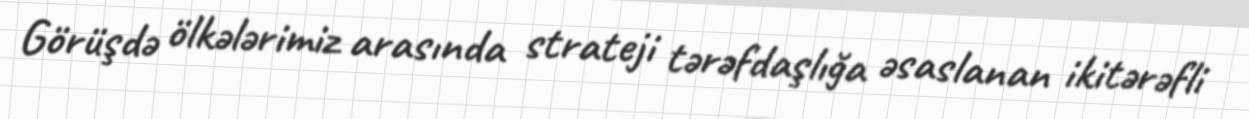
Görüşdə ölkələrimiz arasında strateji tərəfdaşlığa əsaslanan ikitərəfli